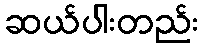
ဆယ်ပါးတည်း